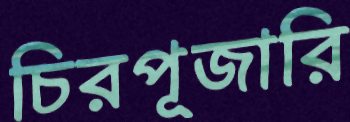
চিরপূজারি